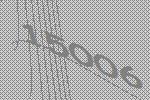
15006